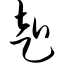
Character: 赴